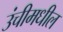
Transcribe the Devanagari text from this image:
उंचीमधील